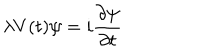
LaTeX: \lambda V ( t ) \psi = i \frac { \partial \psi } { \partial t }